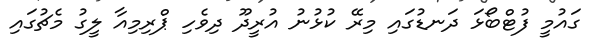
ގައުމީ ފުޓްބޯޅަ ދަނޑުގައި މިރޭ ކުޅުނު އުރީދޫ ދިވެހި ޕްރިމިއާ ލީގު މެޗުގައި